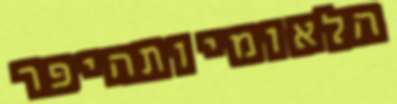
הלאומיותהיפר